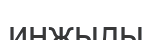
инжылы